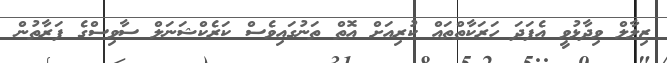
ޒިލާލް ވިދާޅުވީ އެފަދަ ހަރަކާތްތައް ކުރިއަށް އޮތް ތަނުގައިވެސް ކަރެކްޝަނަލް ސާވިސްގެ ފަރާތުން